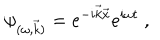
\psi _ { ( \omega , \vec { k } ) } = e ^ { - i \vec { k } \vec { x } } e ^ { i \omega t } ~ ,